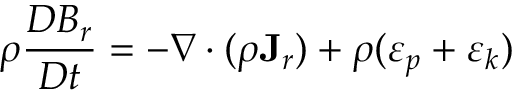
\rho \frac { D { \cal B } _ { r } } { D t } = - \nabla \cdot ( \rho { \bf J } _ { r } ) + \rho ( \varepsilon _ { p } + \varepsilon _ { k } )